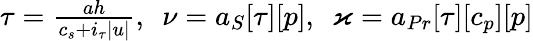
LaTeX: \begin{array}{r}{\tau=\frac{ah}{c_{s}+i_{\tau}|u|},\ \ \nu=a_{S}[\tau][p],\ \ \varkappa=a_{Pr}[\tau][c_{p}][p]}\end{array}